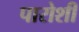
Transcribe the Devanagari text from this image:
पारोशी